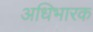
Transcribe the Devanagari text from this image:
अधिभारक